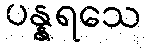
ပန္နရသေ